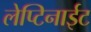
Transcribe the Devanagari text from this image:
लेप्टिनाईट